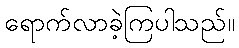
ရောက်လာခဲ့ကြပါသည်။